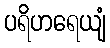
ပရိဟရေယျံ